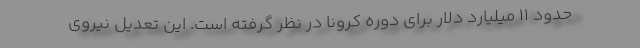
حدود ۱۱ میلیارد دلار برای دوره کرونا در نظر گرفته است. این تعدیل نیروی